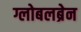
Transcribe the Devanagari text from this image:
ग्लोबलब्रेन